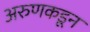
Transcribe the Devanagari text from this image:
अरुणकडून